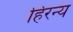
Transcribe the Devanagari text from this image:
हिरन्य